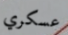
عسكري